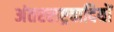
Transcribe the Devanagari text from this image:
अंतरराष्ट्रवादियों